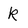
Character: k